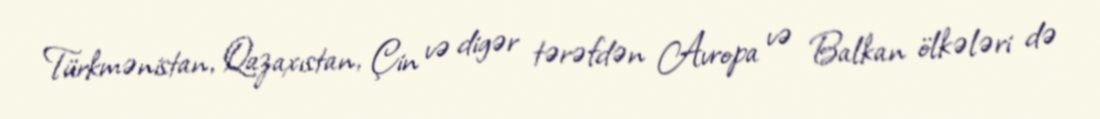
Türkmənistan, Qazaxıstan, Çin və digər tərəfdən Avropa və Balkan ölkələri də